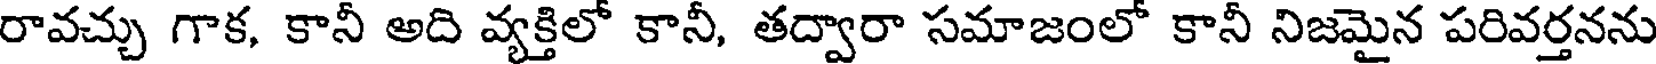
రావచ్చు గాక, కానీ అది వ్యక్తిలో కానీ, తద్వారా సమాజంలో కానీ నిజమైన పరివర్తనను